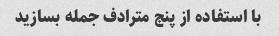
با استفاده از پنج مترادف جمله بسازید